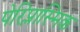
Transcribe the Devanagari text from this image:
पेरिप्लास्मिक